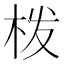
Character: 𭩰